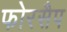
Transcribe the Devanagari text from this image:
फोरसैप